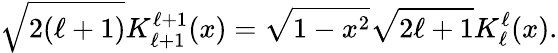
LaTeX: \sqrt{2(\ell+1)}K_{\ell+1}^{\ell+1}(x)=\sqrt{1-x^{2}}\sqrt{2\ell+1}K_{\ell}^{\ell}(x).